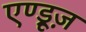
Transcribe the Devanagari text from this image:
एण्ड्रूज़